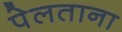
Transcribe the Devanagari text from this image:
पेलताना